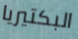
البكتيريا